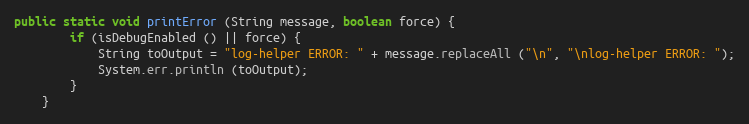
Language: Java
public static void printError (String message, boolean force) {
		if (isDebugEnabled () || force) {
			String toOutput = "log-helper ERROR: " + message.replaceAll ("\n", "\nlog-helper ERROR: ");
			System.err.println (toOutput);
		}
	}